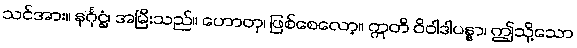
သင်အား။ နင်္ဂုဋ္ဌံ၊ အမြီးသည်။ ဟောတု၊ ဖြစ်စေလော့။ ဣတိ ဝိဝါဒါပန္နာ၊ ဤသို့သော